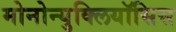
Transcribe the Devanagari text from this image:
मोनोन्युक्लियॉसिस